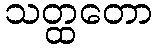
သတ္ထတော